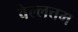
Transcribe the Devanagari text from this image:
वेल्लत्तम